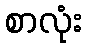
စာလုံး